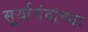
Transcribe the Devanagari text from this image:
सूर्यानंदांच्या